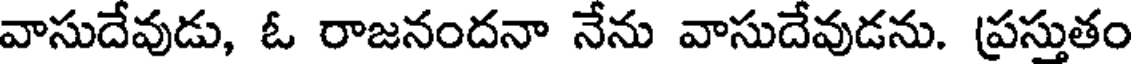
వాసుదేవుడు, ఓ రాజనందనా నేను వాసుదేవుడను. ప్రస్తుతం